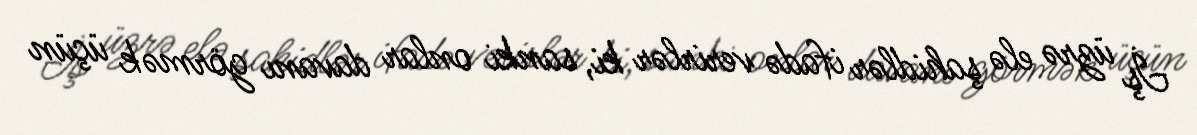
İş üzrə elə şahidlər ifadə verirlər ki, sanki onlar davanı görmək üçün